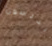
أندرسون